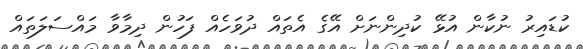
ކުޑައިރު ނުކާން އުޅޭ ކުދިންނަށް އޭގެ އެތައް ދުވަހެއް ފަހުން ދިމާވާ މައްސަލަތައް